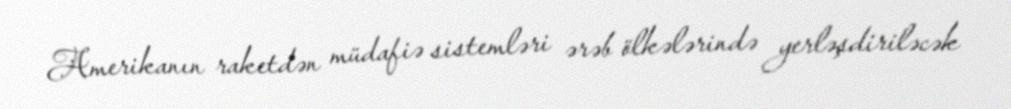
Amerikanın raketdən müdafiə sistemləri ərəb ölkələrində yerləşdiriləcək